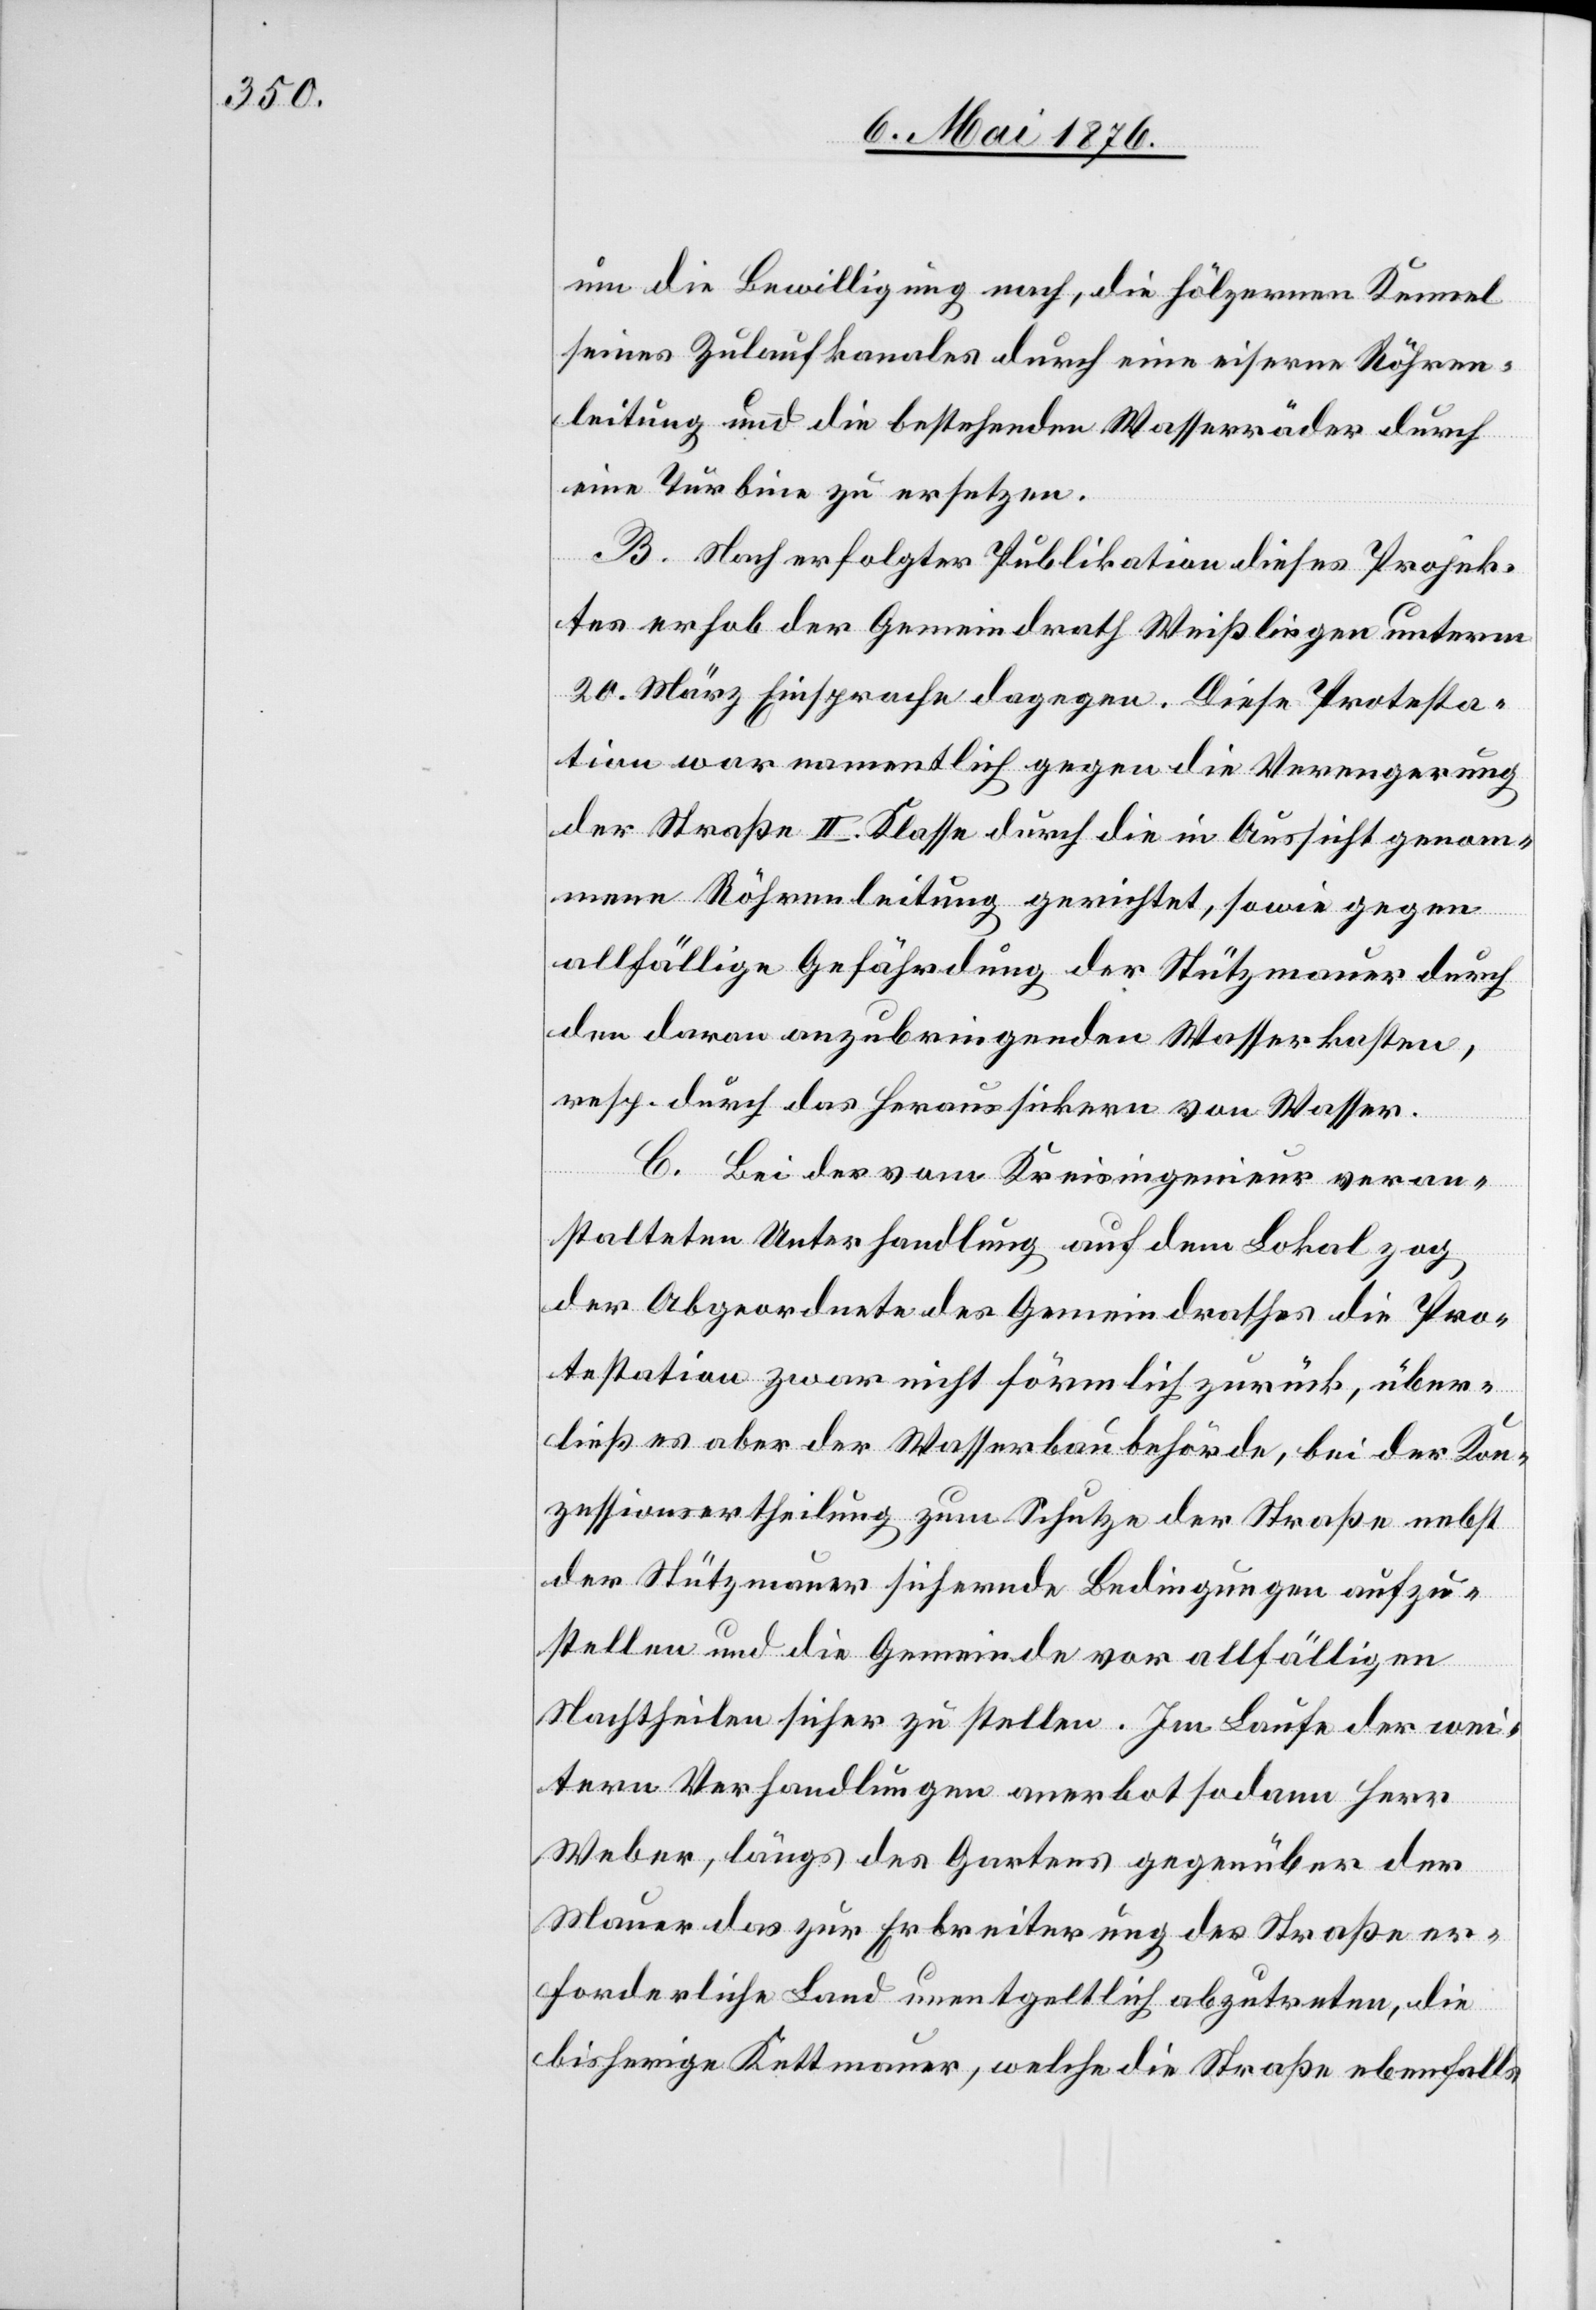
um die Bewilligung nach, die hölzernen Kennel
seines Zulaufkanales durch eine eiserne Röhren¬
leitung und die bestehenden Wasserräder durch
eine Turbine zu ersetzen.
B. Nach erfolgter Publikation dieses Projek¬
tes erhob der Gemeindrath Weißlingen unterm
2. März Einsprache dagegen. Diese Protesta¬
tion war namentlich gegen die Verengerung
der Straße II. Klasse durch die in Aussicht genom¬
mene Röhrenleitung gerichtet, sowie gegen
allfällige Gefährdung der Stützmauer durch
den daran anzubringenden Wasserkasten,
resp. durch das Heraussickern von Wasser.
C. Bei der vom Kreisingenieur veran¬
stalteten Unterhandlung auf dem Lokal zog
der Abgeordnete des Gemeindrathes die Pro¬
testation zwar nicht förmlich zurück, über¬
ließ es aber der Wasserbaubehörde, bei der Kon¬
zessionsertheilung zum Schutze der Straße nebst
der Stützmauer sichernde Bedingungen aufzu¬
stellen und die Gemeinde vor allfälligen
Nachtheilen sicher zu stellen. Im Laufe der wei¬
tern Verhandlungen anerbot sodann Herr
Weber, längs des Gartens gegenüber der
Mauer das zur Erbreiterung der Straße er¬
forderliche Land unentgeltlich abzutreten, die
bisherige Kuttmauer, welche die Straße ebenfalls